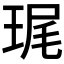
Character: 𮴞